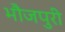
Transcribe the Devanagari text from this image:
भौजपुरी